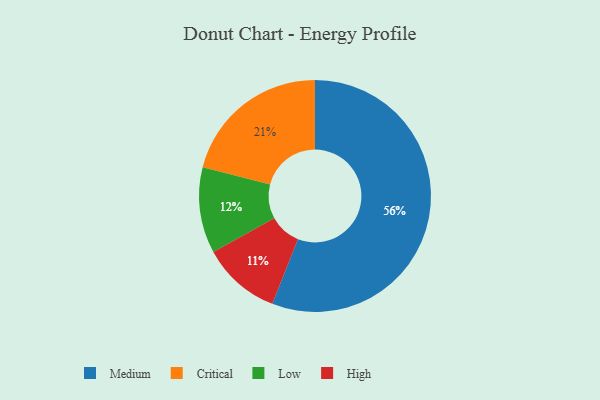
{"axis": {"x": "Category", "y": "Percentage"}, "legend": ["Critical", "High", "Low", "Medium"], "data": [{"x": "Critical", "y": 21, "type": "Critical"}, {"x": "High", "y": 11, "type": "High"}, {"x": "Medium", "y": 56, "type": "Medium"}, {"x": "Low", "y": 12, "type": "Low"}]}